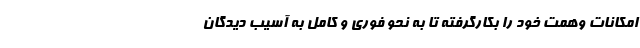
امکانات وهمت خود را بکارگرفته تا به نحو فوری و کامل به آسیب دیدگان